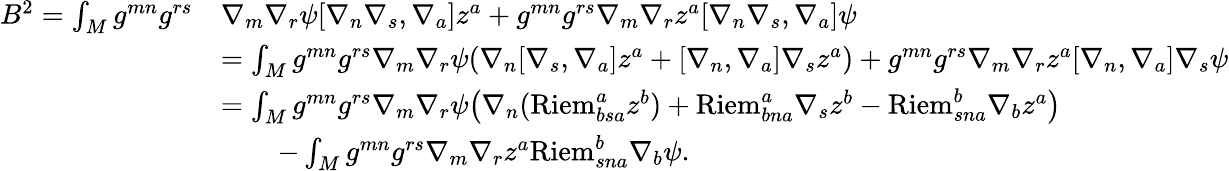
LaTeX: \begin{array}{rl}{B^{2}=\int_{M}g^{mn}g^{rs}}&{\nabla_{m}\nabla_{r}\psi[\nabla_{n}\nabla_{s},\nabla_{a}]z^{a}+g^{mn}g^{rs}\nabla_{m}\nabla_{r}z^{a}[\nabla_{n}\nabla_{s},\nabla_{a}]\psi}\\ &{=\int_{M}g^{mn}g^{rs}\nabla_{m}\nabla_{r}\psi(\nabla_{n}[\nabla_{s},\nabla_{a}]z^{a}+[\nabla_{n},\nabla_{a}]\nabla_{s}z^{a})+g^{mn}g^{rs}\nabla_{m}\nabla_{r}z^{a}[\nabla_{n},\nabla_{a}]\nabla_{s}\psi}\\ &{=\int_{M}g^{mn}g^{rs}\nabla_{m}\nabla_{r}\psi\big(\nabla_{n}(\mathrm{Riem}^{a}_{bsa}z^{b})+\mathrm{Riem}^{a}_{bna}\nabla_{s}z^{b}-\mathrm{Riem}^{b}_{sna}\nabla_{b}z^{a}\big)}\\ &{\qquad-\int_{M}g^{mn}g^{rs}\nabla_{m}\nabla_{r}z^{a}\mathrm{Riem}^{b}_{sna}\nabla_{b}\psi.}\end{array}